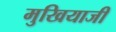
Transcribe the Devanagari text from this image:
मुखियाजी